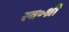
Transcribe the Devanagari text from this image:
स्व॰श्री